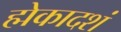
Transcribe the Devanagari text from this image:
ह्मेकादशं